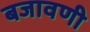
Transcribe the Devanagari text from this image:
बजावणी